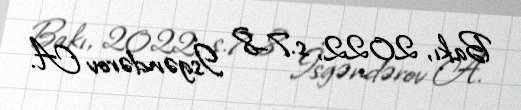
Bakı, 2022, s.7–8 İsgəndərov A.